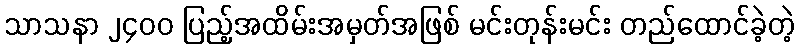
သာသနာ ၂၄၀၀ ပြည့်အထိမ်းအမှတ်အဖြစ် မင်းတုန်းမင်း တည်ထောင်ခဲ့တဲ့